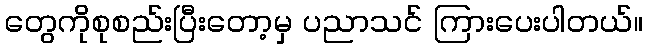
တွေကိုစုစည်းပြီးတော့မှ ပညာသင် ကြားပေးပါတယ်။